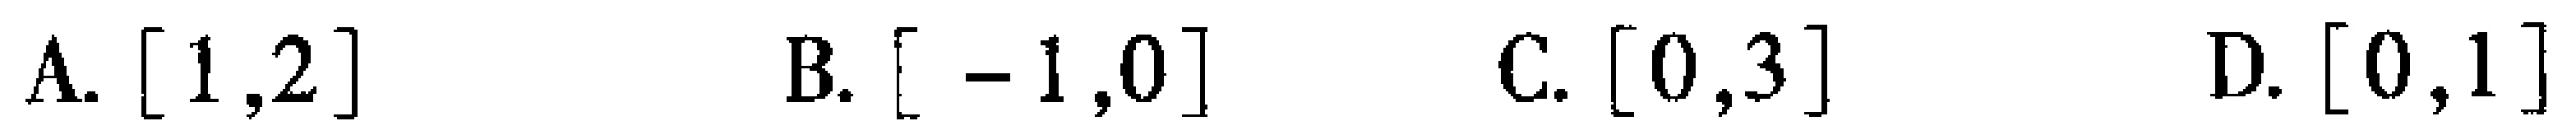
A. $[1,2]$  B. $[-1,0]$  C. $[0,3]$  D. $[0,1]$